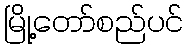
မြို့တော်စည်ပင်